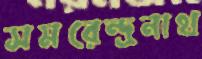
সমরেন্দ্রনাথ